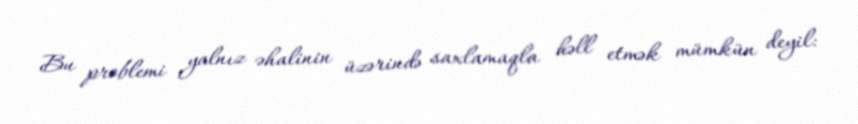
Bu problemi yalnız əhalinin üzərində saxlamaqla həll etmək mümkün deyil: